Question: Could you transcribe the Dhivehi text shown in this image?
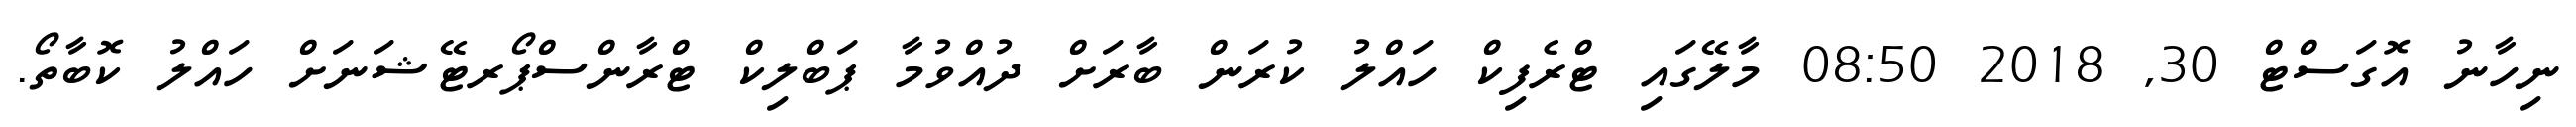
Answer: ނިހާނު އޮގަސްޓް 30, 2018 08:50 މާލޭގައި ޓްރެފިކް ހައްލު ކުރަން ބާރަށް ދުއްވުމާ ޕަބްލިކް ޓްރާންސްޕޯރޓޭޝަނަށް ހައްލު ކޮބާތޯ.